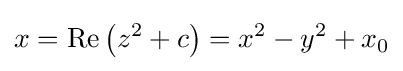
x=\mathop {\mathrm {Re} } \left(z^{2}+c\right)=x^{2}-y^{2}+x_{0}